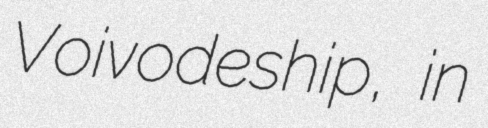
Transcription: Voivodeship, in